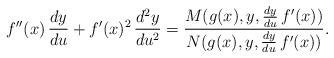
LaTeX: \begin{align*}f''(x)\,\frac{dy}{du}+f'(x)^2 \, \frac{d^2y}{du^2}=\frac{M(g(x),y,\frac{dy}{du}\,f'(x))}{N(g(x),y,\frac{dy}{du}\,f'(x))}.\end{align*}